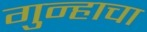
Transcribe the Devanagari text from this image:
गुन्हाचा